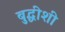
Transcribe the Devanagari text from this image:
बुद्धीशी